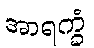
အာရက္ခံ